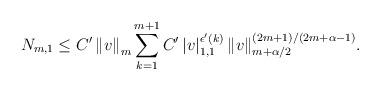
LaTeX: \begin{align*} & N_{m,1} \leq C' \left\|v\right\|_{m} \sum_{k=1}^{m+1}{C' \left| v \right|_{1,1}^{\epsilon'(k)} \left\| v \right\|_{m+\alpha/2}^{(2m+1)/(2m+\alpha-1)}}.\end{align*}